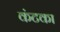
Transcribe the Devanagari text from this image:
कंटका